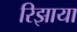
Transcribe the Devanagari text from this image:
रिझाया